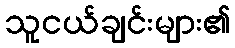
သူငယ်ချင်းများ၏